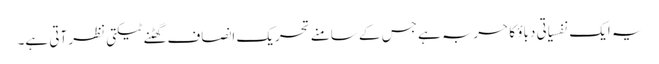
یہ ایک نفسیاتی دباؤ کا حربہ ہے جس کے سامنے تحریک انصاف گھٹنے ٹیکتی نظر آتی ہے۔